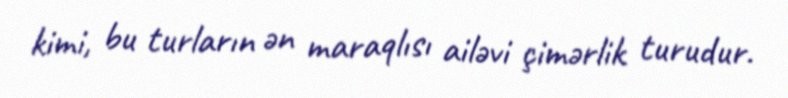
kimi, bu turların ən maraqlısı ailəvi çimərlik turudur.